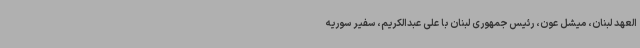
العهد لبنان، میشل عون، رئیس جمهوری لبنان با علی عبدالکریم، سفیر سوریه